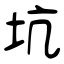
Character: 坑